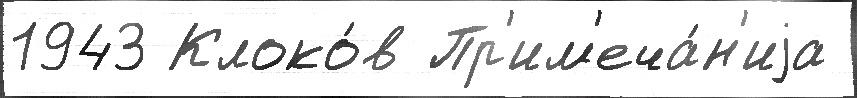
1943 Клоко́в Пр'им'еча́н'иjа